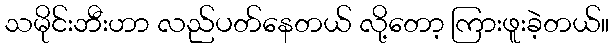
သမိုင်းဘီးဟာ လည်ပတ်နေတယ် လို့တော့ ကြားဖူးခဲ့တယ်။